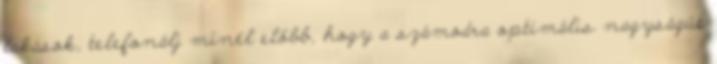
lakások, telefonálj minél előbb, hogy a számodra optimális nagyságút